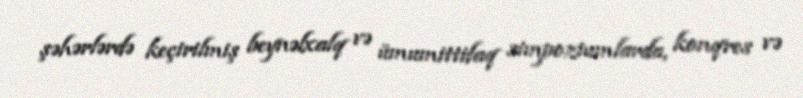
şəhərlərdə keçirilmiş beynəlxalq və ümumittifaq simpoziumlarda, konqres və